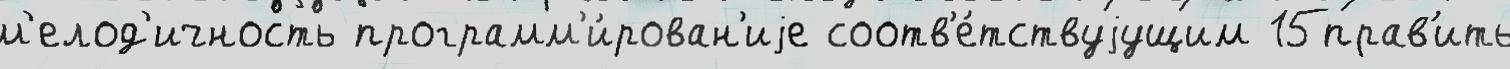
м'елод'ичность программ'и́рован'иjе соотв'е́тствуjущим 15прав'ить